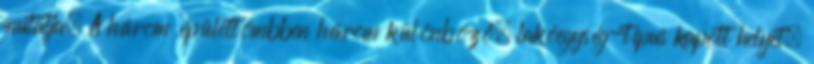
mutatja. A három épülettömbben három különböző, lakóegység-típus kapott helyet.